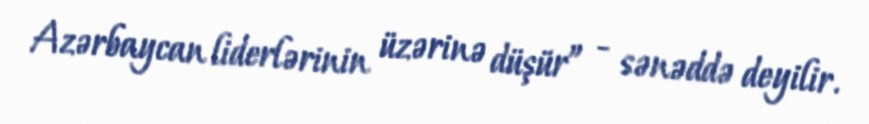
Azərbaycan liderlərinin üzərinə düşür” - sənəddə deyilir.